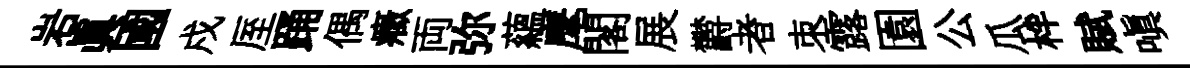
岩眞國戍厔踊偶癥両弥蘊麾閣展欝者朿露園公瓜柈賦嗔